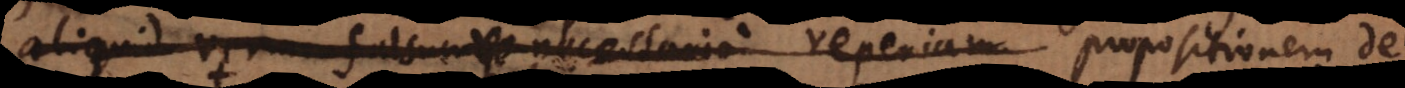
liquid verum falsumve necessario reperiam propositionem de